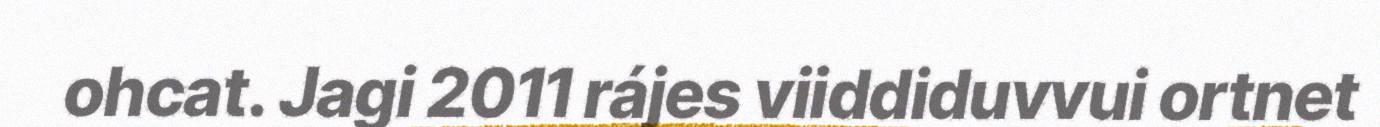
ohcat. Jagi 2011 rájes viiddiduvvui ortnet